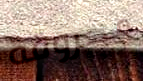
محروقة